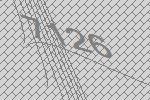
7126